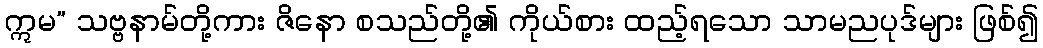
ဣမ” သဗ္ဗနာမ်တို့ကား ဇိနော စသည်တို့၏ ကိုယ်စား ထည့်ရသော သာမညပုဒ်များ ဖြစ်၍